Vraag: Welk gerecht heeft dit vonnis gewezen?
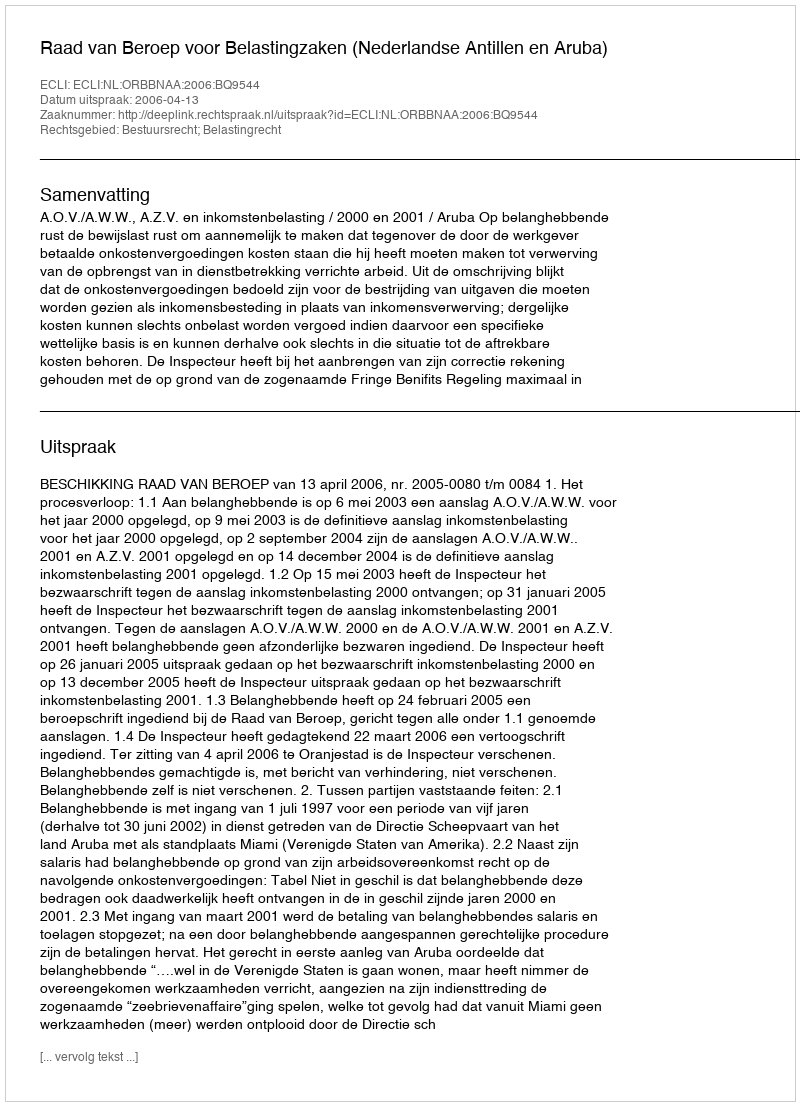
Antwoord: Raad van Beroep voor Belastingzaken (Nederlandse Antillen en Aruba)